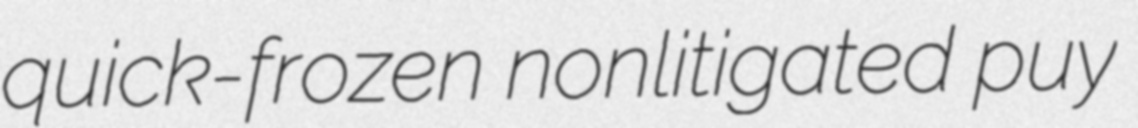
quick-frozen nonlitigated puy